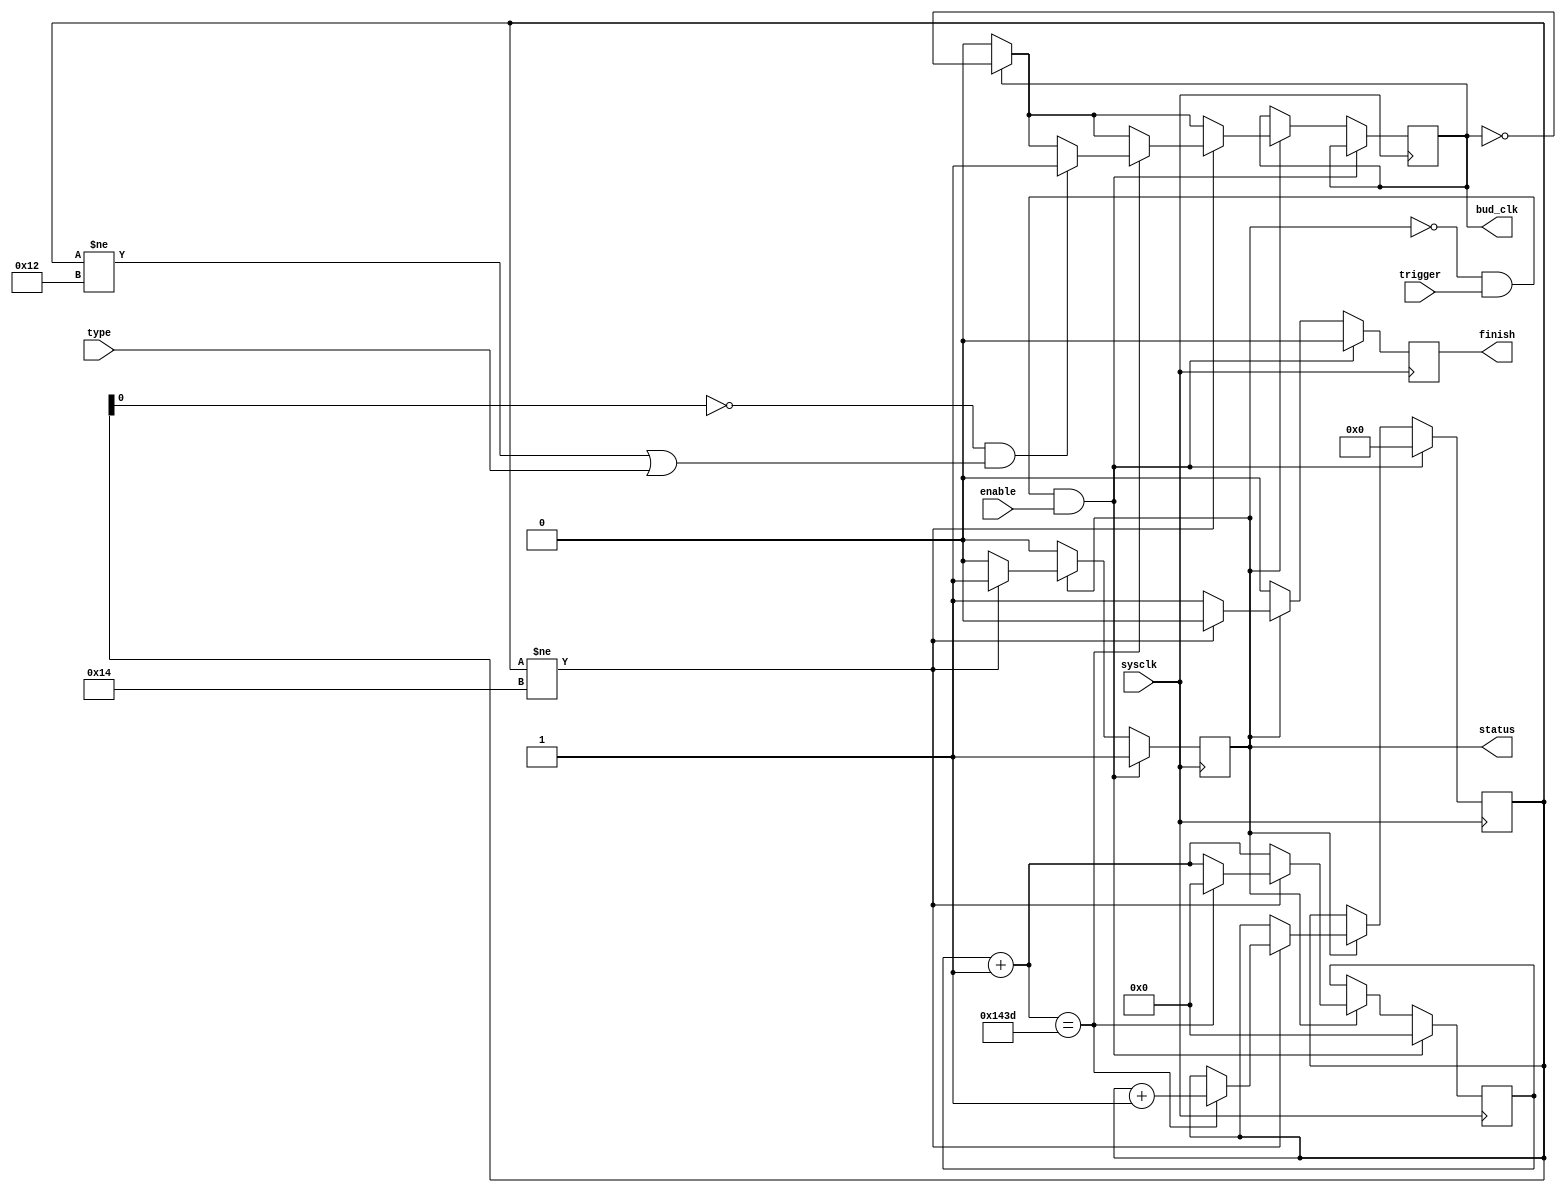
module BaudGenerator(
input type,
input sysclk,
input trigger,
input enable,
output finish,
output status,
output bud_clk
    );
    
    reg[12:0] state;
    reg[4:0] count;
    reg tmp;
    assign bud_clk = tmp;
    reg Status;
    assign status = Status;
    reg finish_reg;
    assign finish = finish_reg;
    
    initial finish_reg = 1'b0;
    initial Status = 1'b0;
    initial tmp = 1'b0;
    
    always @(posedge sysclk)
    begin
        if(finish_reg == 1'b1) finish_reg = 1'b0;
        if(Status == 1'b0 && trigger == 1'b1 && enable == 1'b1)
        begin
            Status <= 1'b1;
            count <= 5'b0_0000;
            state <= 13'b0_0000_0000_0000;
        end else if(Status == 1'b1)
        begin
            state = state + 13'b0_0000_0000_0001;
            if(tmp == 1'b1) tmp = ~tmp;
            if(count != 5'b10100)
            begin
                if(state == 13'b1_0100_0011_1101) 
                begin
                    if(count[0] == 1'b0 && (count != 5'b10010 || type == 1'b1)) tmp = 1'b1;
                    state = 13'b0_0000_0000_0000;
                    count = count + 5'b00001;
                end
            end else begin Status = 1'b0; finish_reg = 1'b1; end
        end
    end
      
endmodule